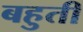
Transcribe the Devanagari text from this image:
बहुती